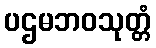
ပဌမဘဝသုတ္တံ